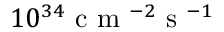
1 0 ^ { 3 4 } \mathrm { ~ c ~ m ~ } ^ { - 2 } \mathrm { ~ s ~ } ^ { - 1 }